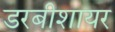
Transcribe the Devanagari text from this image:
डरबीशायर